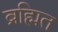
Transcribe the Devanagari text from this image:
ब्रह्मित